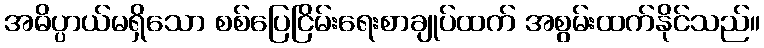
အဓိပ္ပာယ်မရှိသော စစ်ပြေငြိမ်းရေးစာချုပ်ထက် အစွမ်းထက်နိုင်သည်။